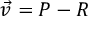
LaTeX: { \vec { v } } = P - R